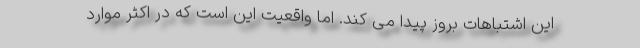
این اشتباهات بروز پیدا می کند. اما واقعیت این است که در اکثر موارد